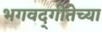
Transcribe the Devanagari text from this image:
भगवद्‌गीतेच्या